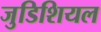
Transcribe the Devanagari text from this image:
जुडिशियल